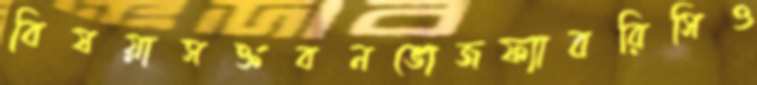
বিষয়াসক্তবনভোজফ্যাবরিসিও